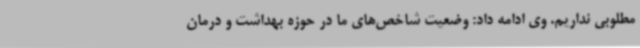
مطلوبی نداریم. وی ادامه داد: وضعیت شاخص‌های ما در حوزه بهداشت و درمان